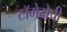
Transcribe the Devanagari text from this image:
टॉमेटोची